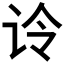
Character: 𰵚